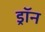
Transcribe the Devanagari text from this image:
ड्रॉन